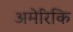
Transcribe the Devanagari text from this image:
अमेरिकि